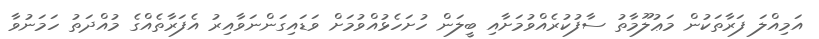
އަމިއްލަ ފަރާތަކުން މަޢުލޫމާތު ސާފުކުރެއްވުމަށާއި ބީލަން ހުށަހެޅުއްވުމަށް ވަޑައިގަންނަވާއިރު އެފަރާތެއްގެ މުއްދަތު ހަމަނުވާ